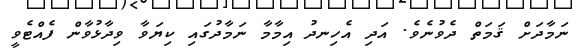
ނަމާދަށް ޤަމަތް ދެވުނެވެ. އަދި އެހިނދު އިމާމާ ނަމާދުގައި ކިޔަވާ ވިދާޅުވާން ފެއްޓެވީ